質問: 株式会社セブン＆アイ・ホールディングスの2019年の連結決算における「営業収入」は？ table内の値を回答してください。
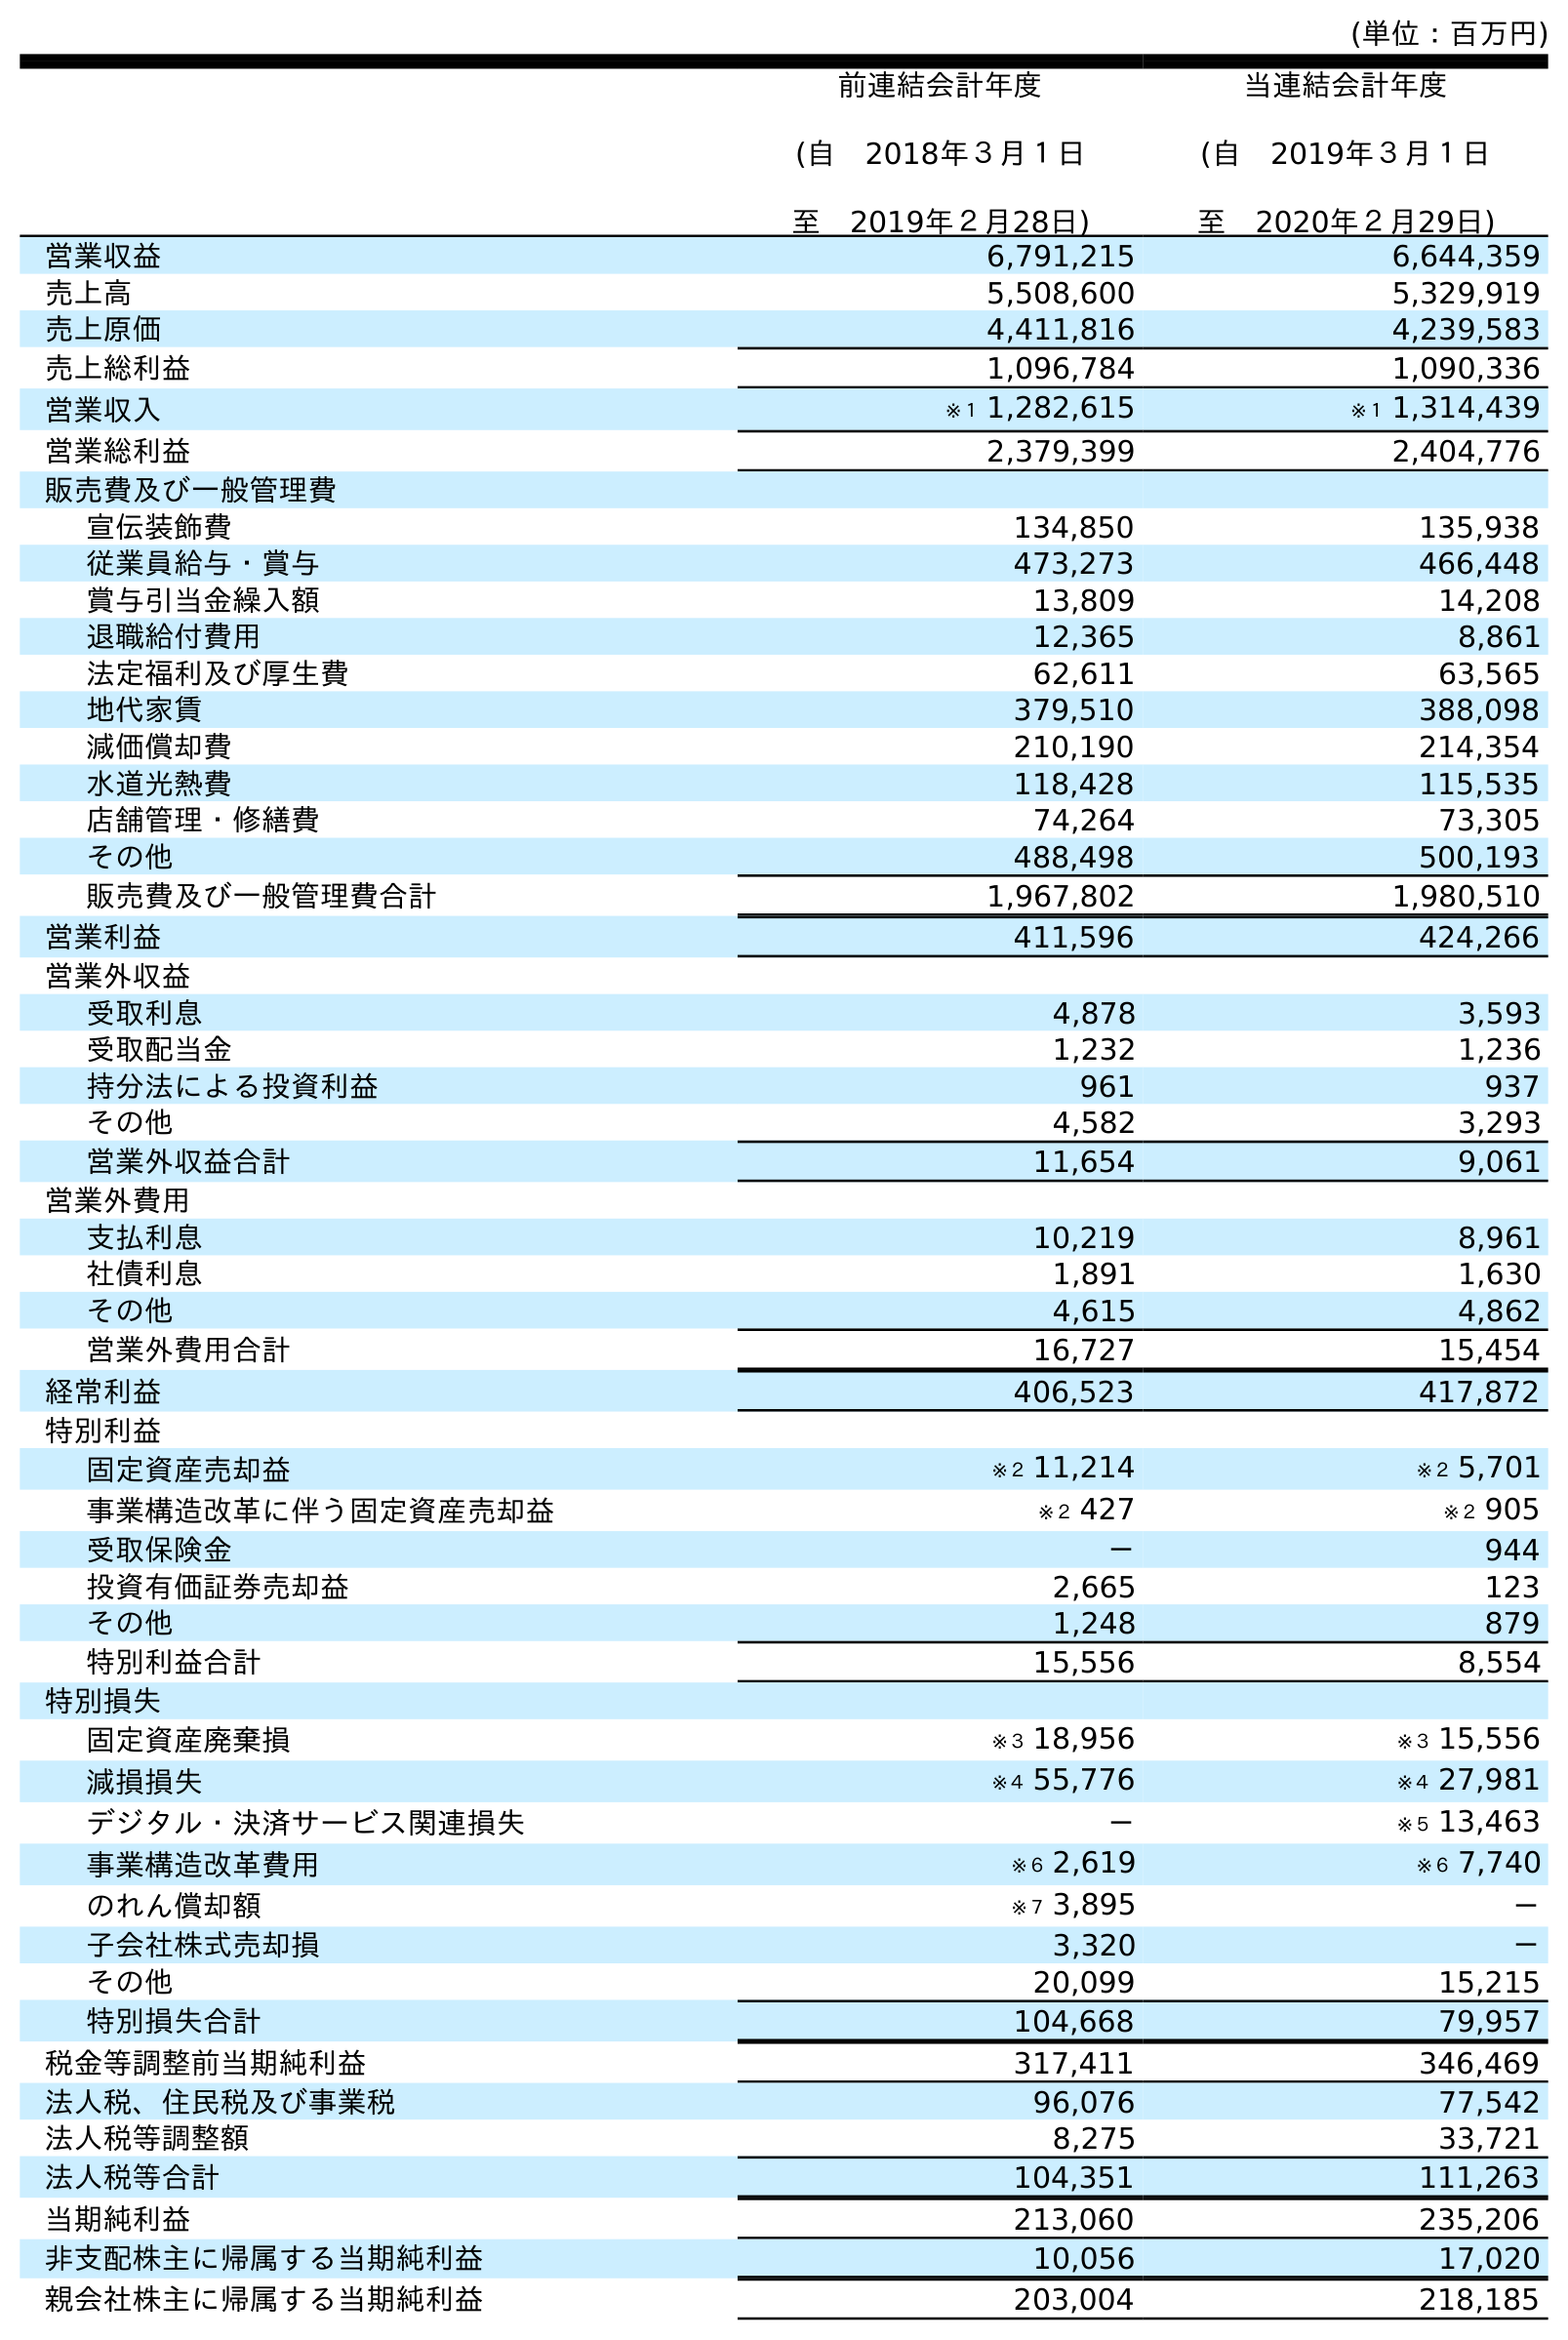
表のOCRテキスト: (単位：百万円) 前連結会計年度 (自 2018年３月１日 至 2019年２月28日) 当連結会計年度 (自 2019年３月１日 至 2020年２月29日) 営業収益 6,791,215 6,644,359 売上高 5,508,600 5,329,919 売上原価 4,411,816 4,239,583 売上総利益 1,096,784 1,090,336 営業収入 ※１ 1,282,615 ※１ 1,314,439 営業総利益 2,379,399 2,404,776 販売費及び一般管理費 宣伝装飾費 134,850 135,938 従業員給与・賞与 473,273 466,448 賞与引当金繰入額 13,809 14,208 退職給付費用 12,365 8,861 法定福利及び厚生費 62,611 63,565 地代家賃 379,510 388,098 減価償却費 210,190 214,354 水道光熱費 118,428 115,535 店舗管理・修繕費 74,264 73,305 その他 488,498 500,193 販売費及び一般管理費合計 1,967,802 1,980,510 営業利益 411,596 424,266 営業外収益 受取利息 4,878 3,593 受取配当金 1,232 1,236 持分法による投資利益 961 937 その他 4,582 3,293 営業外収益合計 11,654 9,061 営業外費用 支払利息 10,219 8,961 社債利息 1,891 1,630 その他 4,615 4,862 営業外費用合計 16,727 15,454 経常利益 406,523 417,872 特別利益 固定資産売却益 ※２ 11,214 ※２ 5,701 事業構造改革に伴う固定資産売却益 ※２ 427 ※２ 905 受取保険金 － 944 投資有価証券売却益 2,665 123 その他 1,248 879 特別利益合計 15,556 8,554 特別損失 固定資産廃棄損 ※３ 18,956 ※３ 15,556 減損損失 ※４ 55,776 ※４ 27,981 デジタル・決済サービス関連損失 － ※５ 13,463 事業構造改革費用 ※６ 2,619 ※６ 7,740 のれん償却額 ※７ 3,895 － 子会社株式売却損 3,320 － その他 20,099 15,215 特別損失合計 104,668 79,957 税金等調整前当期純利益 317,411 346,469 法人税、住民税及び事業税 96,076 77,542 法人税等調整額 8,275 33,721 法人税等合計 104,351 111,263 当期純利益 213,060 235,206 非支配株主に帰属する当期純利益 10,056 17,020 親会社株主に帰属する当期純利益 203,004 218,185
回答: ※１1,282,615